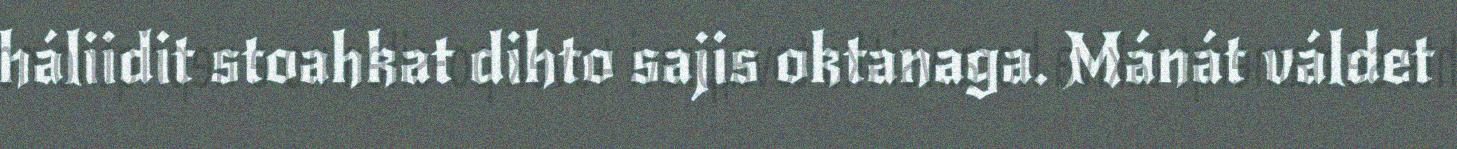
háliidit stoahkat dihto sajis oktanaga. Mánát váldet